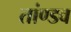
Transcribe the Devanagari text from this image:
तांण्डव